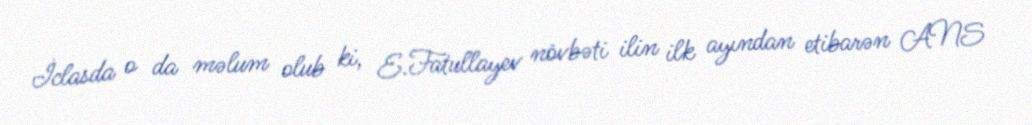
İclasda o da məlum olub ki, E.Fatullayev növbəti ilin ilk ayından etibarən ANS